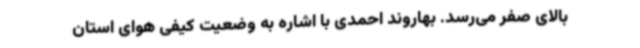
بالای صفر می‌رسد. بهاروند احمدی با اشاره به وضعیت کیفی هوای استان